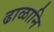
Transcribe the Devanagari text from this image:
ढाळानि